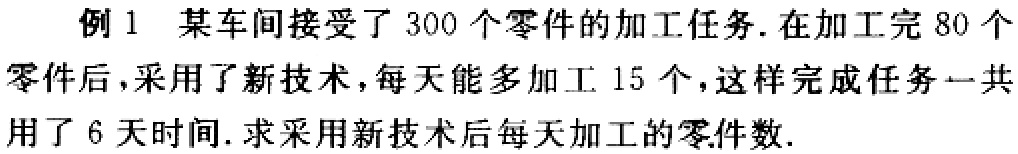
例 1 某车间接受了 300 个零件的加工任务. 在加工完 80 个零件后，采用了新技术，每天能多加工 15 个，这样完成任务一共用了 6 天时间. 求采用新技术后每天加工的零件数.